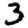
Digit: 3